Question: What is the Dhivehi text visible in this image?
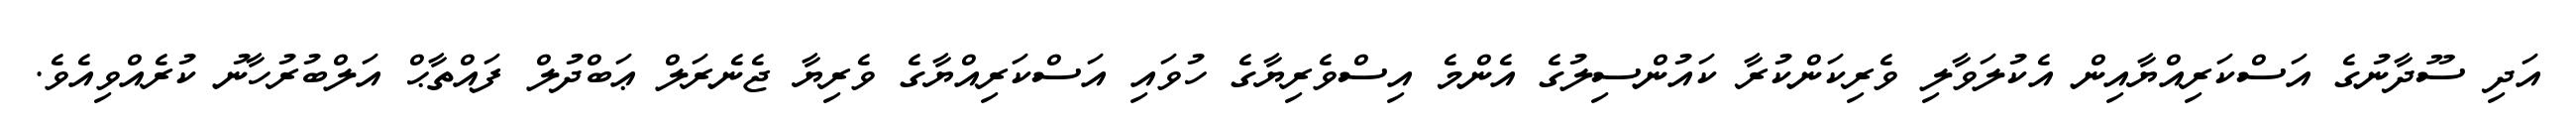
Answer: އަދި ސޫދާނުގެ އަސްކަރިއްޔާއިން އެކުލަވާލި ވެރިކަންކުރާ ކައުންސިލުގެ އެންމެ އިސްވެރިޔާގެ ހުވައި އަސްކަރިއްޔާގެ ވެރިޔާ ޖެނެރަލް ޢަބްދުލް ފައްތާޙް އަލްބުރުހާނު ކުރެއްވިއެވެ.